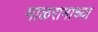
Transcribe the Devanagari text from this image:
माळरानाच्या